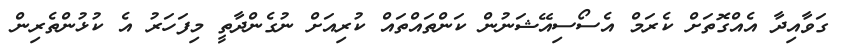
ގަވާއިދާ އެއްގޮތަށް ކެރަމް އެސޯސިއޭޝަނުން ކަންތައްތައް ކުރިއަށް ނުގެންދާތީ މިފަހަރު އެ ކުޅުންތެރިން